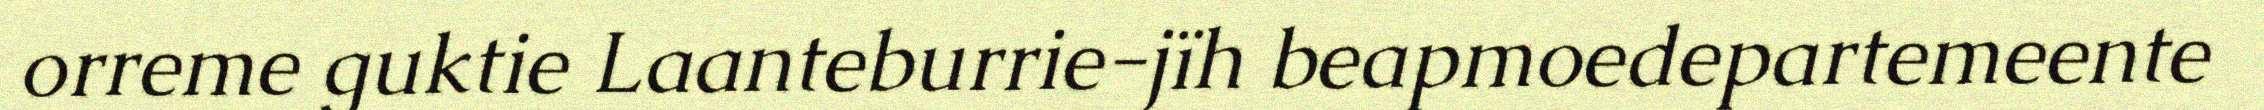
orreme guktie Laanteburrie-jïh beapmoedepartemeente